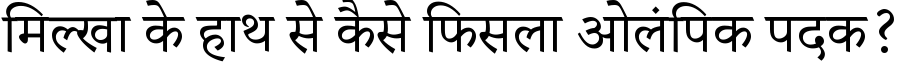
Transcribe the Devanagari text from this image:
मिल्खा के हाथ से कैसे फिसला ओलंपिक पदक?